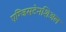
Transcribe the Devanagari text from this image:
एग्जिसटेनशिअल